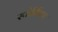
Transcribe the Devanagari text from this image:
स्पोर्तिव्हा